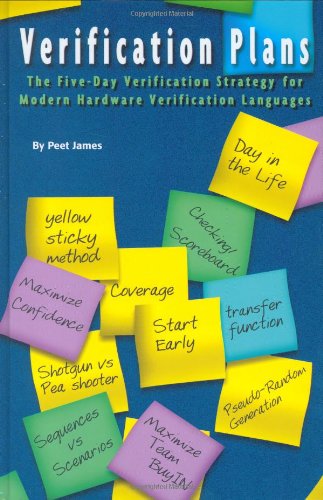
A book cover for Verification Plans: The Five-Day Verification Strategy for Modern Hardware Verification Languages; Peet James; Computers & Technology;